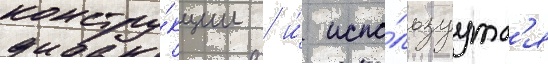
констру́кции / и́ испо́льзуутс'я